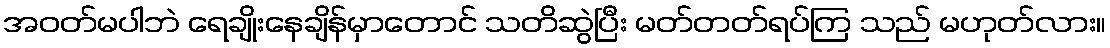
အဝတ်မပါဘဲ ရေချိုးနေချိန်မှာတောင် သတိဆွဲပြီး မတ်တတ်ရပ်ကြ သည် မဟုတ်လား။